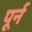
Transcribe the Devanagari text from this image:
पूर्न